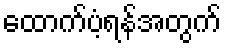
ထောက်ပံ့ရန်အတွက်